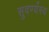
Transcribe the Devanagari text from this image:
सुवर्ण्यस्य